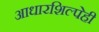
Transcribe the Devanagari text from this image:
आधारशिल्पेही